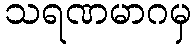
သရဏမာဂမှ